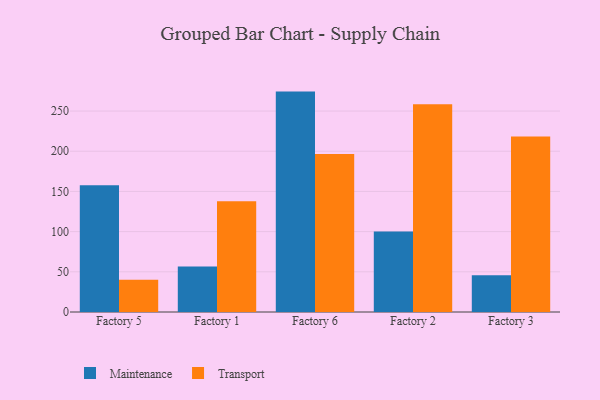
{"axis": {"x": "Factory", "y": "Demand Index"}, "legend": ["Maintenance", "Transport"], "data": [{"x": "Factory 5", "y": 157.6, "type": "Maintenance"}, {"x": "Factory 5", "y": 40.0, "type": "Transport"}, {"x": "Factory 1", "y": 56.5, "type": "Maintenance"}, {"x": "Factory 1", "y": 137.7, "type": "Transport"}, {"x": "Factory 6", "y": 274.2, "type": "Maintenance"}, {"x": "Factory 6", "y": 196.7, "type": "Transport"}, {"x": "Factory 2", "y": 100.1, "type": "Maintenance"}, {"x": "Factory 2", "y": 258.6, "type": "Transport"}, {"x": "Factory 3", "y": 45.6, "type": "Maintenance"}, {"x": "Factory 3", "y": 218.3, "type": "Transport"}]}